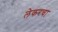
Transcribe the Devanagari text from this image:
लेकरचा